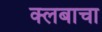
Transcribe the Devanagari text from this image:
क्लबाचा